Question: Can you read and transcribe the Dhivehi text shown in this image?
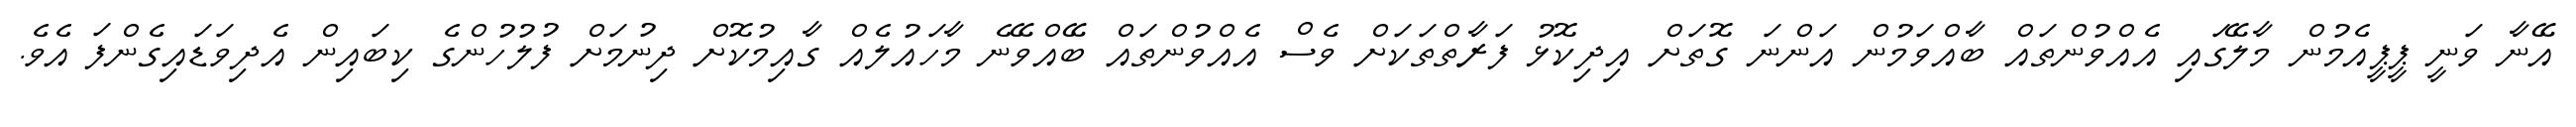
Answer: އޭނާ ވަނީ ޕީޕީއެމުން މާލޭގައި އެއްވުންތައް ބާއްވަމުން އަންނަ ގޮތަށް އިދިކޮޅު ފަރާތްތަކަށް ވެސް އެއްވުންތައް ބޭއްވޭނެ މާހައުލެއް ގާއިމުކޮށް ދިނުމަށް ފުލުހުންގެ ކިބައިން އެދިވަޑައިގެންފަ އެވެ.